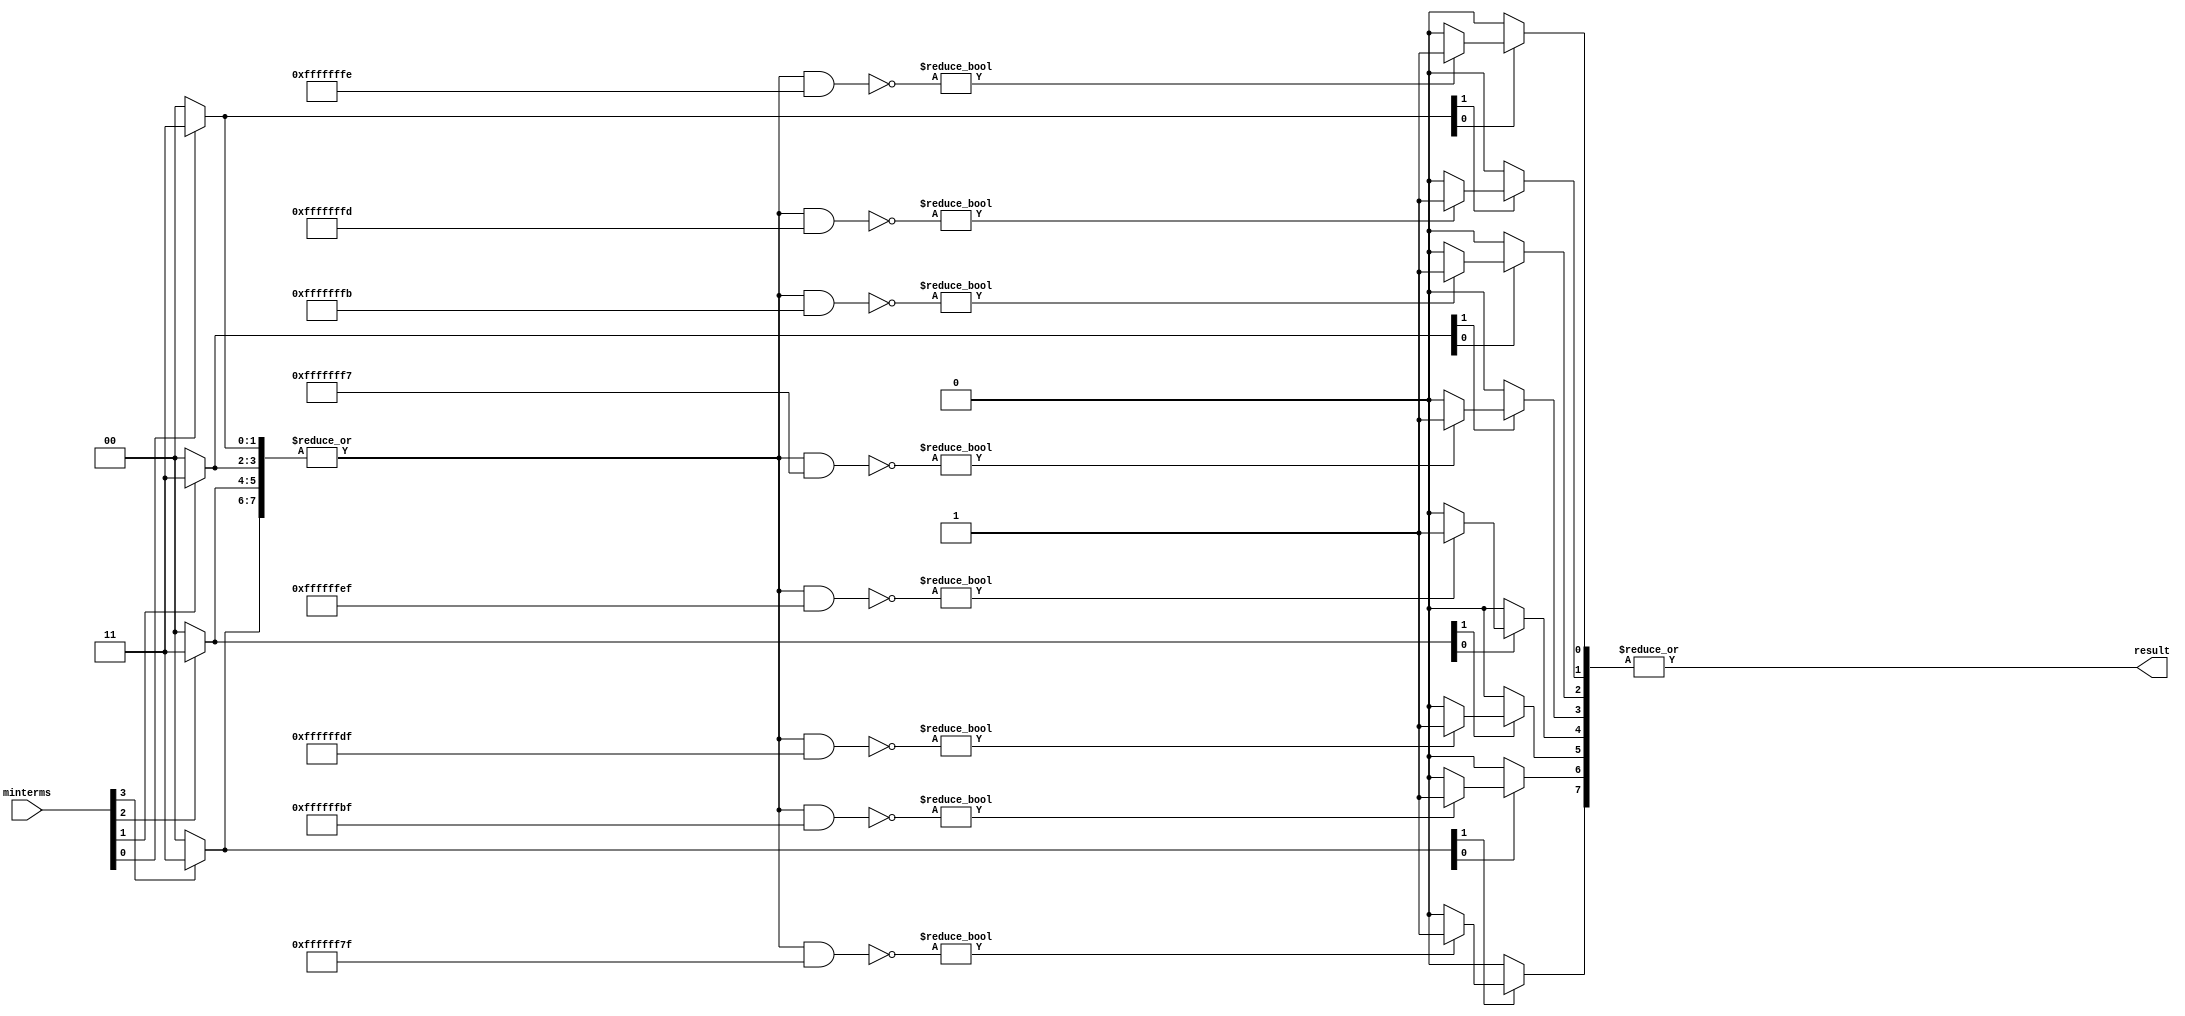
module prime_implicant (
    input [3:0] minterms,             // Binary representation of minterms
    output reg result                 // Simplified Boolean function output
);

// Define parameters for prime implicant determination
parameter NUM_VARS = 4;             // Number of input variables
parameter MAX_MINTERMS = 16;        // Maximum number of minterms for 4 variables

// Internal signals
reg [MAX_MINTERMS-1:0] implicants;  // Implicant storage
reg [MAX_MINTERMS-1:0] essential;    // Essential prime implicants
integer i, j;

// Function to generate prime implicants using a simple method
function [MAX_MINTERMS-1:0] generate_implicants;
    input [3:0] minterms;
    begin
        // For simplicity, initialize implicants directly based on provided minterms
        generate_implicants = 0;
        for (i = 0; i < NUM_VARS; i = i + 1) begin
            if (minterms[i]) begin
                generate_implicants[i*2 +: 2] = 2'b11;  // Indicates implicant exists
            end
        end
    end
endfunction

// Function to identify essential prime implicants
function [MAX_MINTERMS-1:0] identify_essentials;
    input [MAX_MINTERMS-1:0] implicants;
    begin
        identify_essentials = 0;
        for (i = 0; i < MAX_MINTERMS; i = i + 1) begin
            if (implicants[i]) begin
                // Mark essential if it covers a unique minterm
                if (~(|implicants & ~(1 << i))) begin
                    identify_essentials[i] = 1;
                end
            end
        end
    end
endfunction

// Combinational Logic Block
always @(*) begin
    // Generate implicants based on provided minterms
    implicants = generate_implicants(minterms);
    
    // Identify essential prime implicants
    essential = identify_essentials(implicants);
    
    // Combine essential prime implicants for final output
    result = |essential;  // Logical OR to produce output
end

endmodule